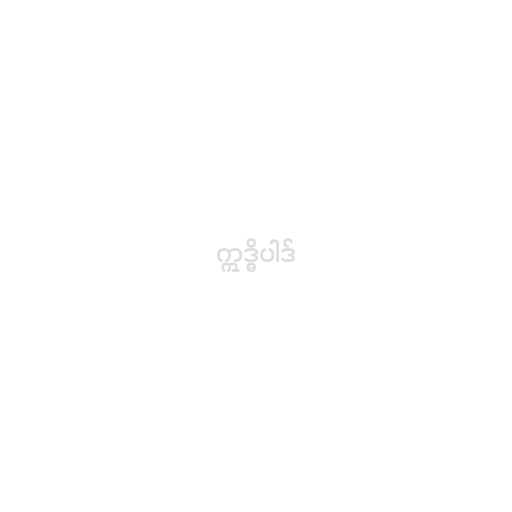
ဣဒ္ဓိပါဒ်